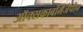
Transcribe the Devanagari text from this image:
ऑक्सकार्बामैजेपीन